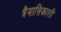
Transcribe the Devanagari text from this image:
त्रैमासिकाशी